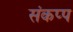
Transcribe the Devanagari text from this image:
संकप्प